Mental hospitals Bombay report 1921-28 - 1921-1928
Year: 1921
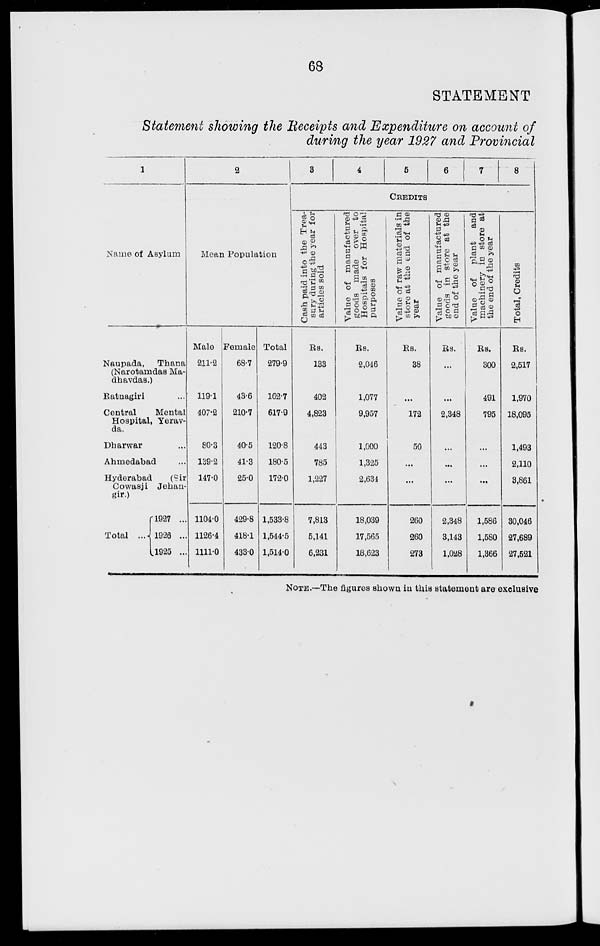
68
STATEMENT
Statement showing the Receipts and Expenditure on account of
during the year 1927 and Provincial
1
Name of Asylum
Naupada,
Thana
(Narotamda Ma¬
dhavdas.)
Ratnagiri ...
Central
Mental
Hospital, Yerav¬
da.
Dharwar ...
Ahmedabad ...
Hyderabad
(Sir
Cowasji Jehan¬
gir.)
Total ...
l927 ..
1926 ..
1925 ..
2
Mean Population
Male
211.2
119.1
407.2
80.3
139.2
147.0
1104.0
1126.4
1111.0
Female
68.7
43.6
210.7
40.5
41.3
25.0
429.8
418.1
433.0
Total
279.9
162.7
617.9
120.8
180.5
172.0
1,533.8
1,544.5
1,514.0
3
4
5
6
7
8
CREDITS
Cash paid into the Trea-
sury during the year for
articles sold
Rs.
133
402
4,823
443
785
1,227
7,813
5,141
6,231
Value of manufactured
goods made over to
Hospitals for Hospital
purposes
Rs.
2,046
1,077
9,957
1,000
1,325
2,634
18,039
17,565
18,623
Value of raw materials in
store at the end of the
year
Rs.
38
...
172
50
...
...
260
260
273
Value of manufactured
goods in store at the
end of the year
Rs.
...
...
2,348
...
...
...
2,348
3,143
1,028
Value of
plant and
machinery in store at
the end of the year
Rs.
300
491
795
...
...
...
1,586
1,580
1,366
Total, Credits
Rs.
2,517
1,970
18,095
1,493
2,110
3,861
30,046
27,689
27,521
NOTE.—The figures shown in this statement are exclusive